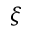
\xi